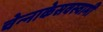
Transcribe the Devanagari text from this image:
चेन्‍नाकेसवस्‍वामी